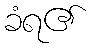
ခံရ၏